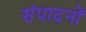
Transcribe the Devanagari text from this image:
संपादनों